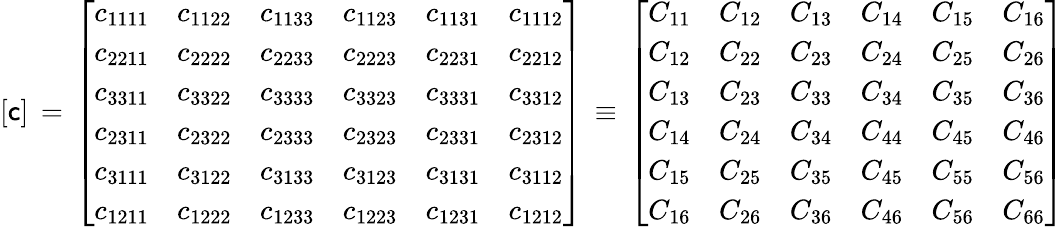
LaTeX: [{\mathsf{c}}]\, =\, {\left[\begin{array}{llllll}{c_{1111}}&{c_{1122}}&{c_{1133}}&{c_{1123}}&{c_{1131}}&{c_{1112}}\\ {c_{2211}}&{c_{2222}}&{c_{2233}}&{c_{2223}}&{c_{2231}}&{c_{2212}}\\ {c_{3311}}&{c_{3322}}&{c_{3333}}&{c_{3323}}&{c_{3331}}&{c_{3312}}\\ {c_{2311}}&{c_{2322}}&{c_{2333}}&{c_{2323}}&{c_{2331}}&{c_{2312}}\\ {c_{3111}}&{c_{3122}}&{c_{3133}}&{c_{3123}}&{c_{3131}}&{c_{3112}}\\ {c_{1211}}&{c_{1222}}&{c_{1233}}&{c_{1223}}&{c_{1231}}&{c_{1212}}\end{array}\right]}\, \equiv\, {\left[\begin{array}{llllll}{C_{11}}&{C_{12}}&{C_{13}}&{C_{14}}&{C_{15}}&{C_{16}}\\ {C_{12}}&{C_{22}}&{C_{23}}&{C_{24}}&{C_{25}}&{C_{26}}\\ {C_{13}}&{C_{23}}&{C_{33}}&{C_{34}}&{C_{35}}&{C_{36}}\\ {C_{14}}&{C_{24}}&{C_{34}}&{C_{44}}&{C_{45}}&{C_{46}}\\ {C_{15}}&{C_{25}}&{C_{35}}&{C_{45}}&{C_{55}}&{C_{56}}\\ {C_{16}}&{C_{26}}&{C_{36}}&{C_{46}}&{C_{56}}&{C_{66}}\end{array}\right]}